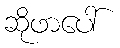
ဆိုဖာပေါ်